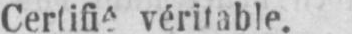
véritable.